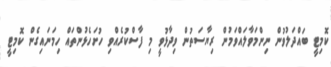
ކޮމިޓީ ބައްދަލުވުން ނިންމަވާލައްވަމުން ރިޔާސަތުން ވިދާޅުވީ މި ފާސްކުރެއްވި ހުށަހެޅުންތައް ހިމަނައިގެން ކޮމިޓީ